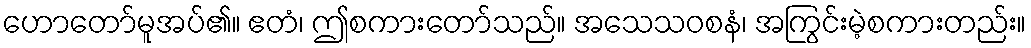
ဟောတော်မူအပ်၏။ ဧတံ၊ ဤစကားတော်သည်။ အသေသဝစနံ၊ အကြွင်းမဲ့စကားတည်း။